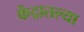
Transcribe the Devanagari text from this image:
केंद्रातल्या